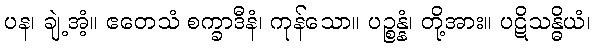
ပန၊ ချဲ့အံ့။ ဧတေသံ စက္ခာဒီနံ၊ ကုန်သော။ ပဉ္စန္နံ၊ တို့အား။ ပဋိသန္ဓိယံ၊